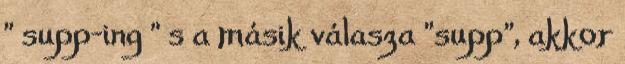
" supp-ing " s a másik válasza "supp", akkor